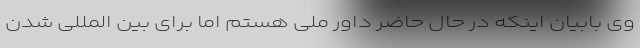
وی بابیان اینکه در حال حاضر داور ملی هستم اما برای بین المللی شدن